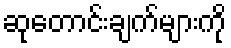
ဆုတောင်းချက်များကို